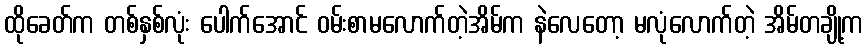
ထိုခေတ်က တစ်နှစ်လုံး ပေါက်အောင် ဝမ်းစာမလောက်တဲ့အိမ်က နဲလေတော့ မလုံလောက်တဲ့ အိမ်တချို့က